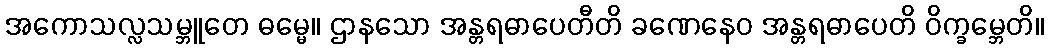
အကောသလ္လသမ္ဘူတေ ဓမ္မေ။ ဌာနသော အန္တရဓာပေတီတိ ခဏေနေဝ အန္တရဓာပေတိ ဝိက္ခမ္ဘေတိ။